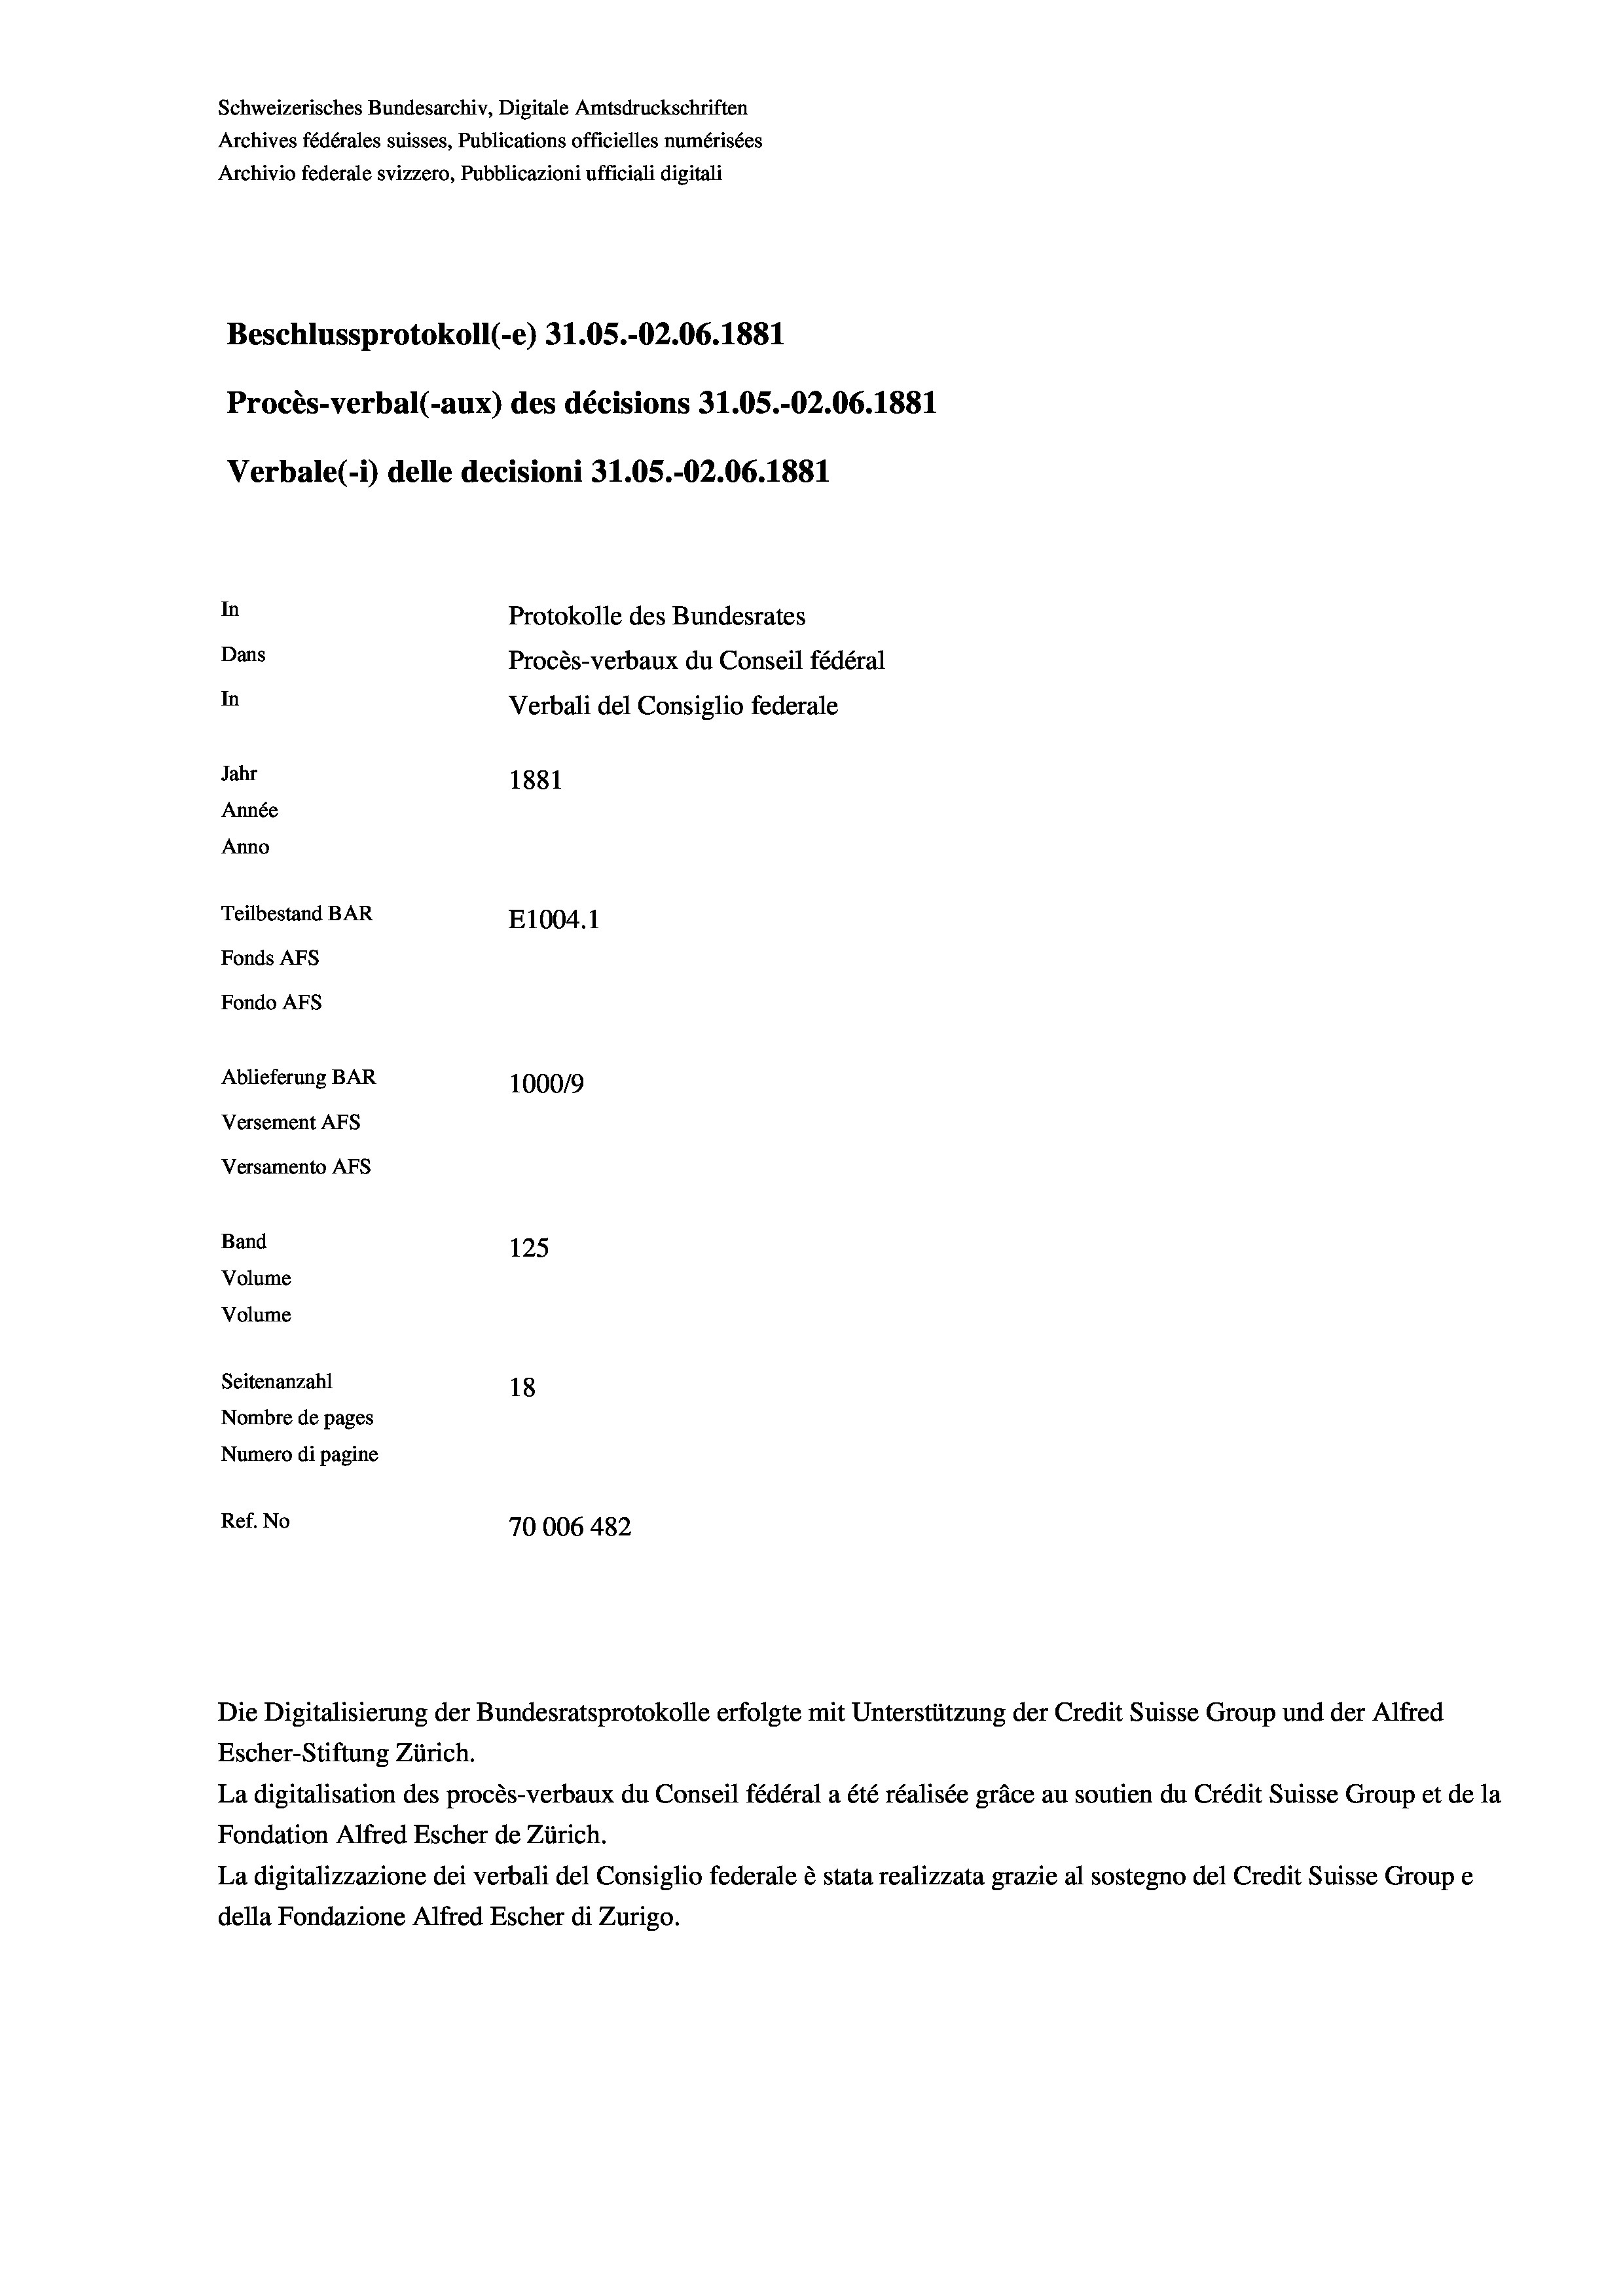
Schweizerisches Bundesarchiv, Digitale Amtsdruckschriften
Archives fédérales suisses, Publications officielles numérisées
Archivio federale svizzero, Pubblicazioni ufficiali digitali
Beschlussprotokoll (-e) 31.05.-O2.06. 1881
Procès-verbal (-aux) des décisions 31.05.-O2.06. 1881
Verbale (i) delle decisioni 31.05.-O2.06. 1881
In
Protokolle des Bundesrates
Dans
Procès-verbaux du Conseil fédéral
In
Verbali del Consiglio federale
Jahr
1881
Année
Anno
Teilbestand BAR
E1004. 1
Fonds AFs
Fondo Afs
Ablieferung BAR
10009
Versement Ans
Versamento Afs
Band
125
Volume
Volume
Seitenanzahl
18
Nombre de pages
Numero di pagine
Ref. No
70006 482

Die Digitalisierung der Bundesratsprotokolle erfolgte mit Unterstützung der Credit Suisse Group und der Alfred
Escher-Stiftung Zürich.
La digitalisation des procès-verbaux du Conseil fédéral a été réalisée gräce au soutien du Crédit Suisse Group et de la
Fondation Alfred Escher de Zürich.
La digitalizzazione dei verbali del Consiglio federale è stata realizzata grazie al sostegno del Credit Suisse Groupe
della Fondazione Alfred Escher di Zurigo.